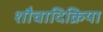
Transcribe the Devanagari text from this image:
शौचादिक्रिया